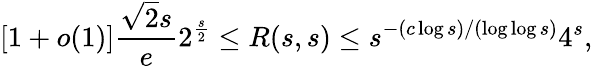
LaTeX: [1+o(1)]{\frac{{\sqrt{2}}s}{e}}2^{\frac{s}{2}}\leq R(s,s)\leq s^{-(c\log s)/(\log\log s)}4^{s},